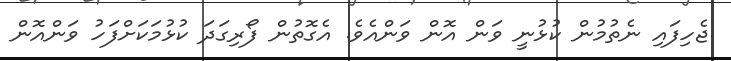
ޖެހިފައި ނެތުމުން ކުޅުނީ ވަން އޮން ވަންއެވެ. އެގޮތުން ފޯރިގަދަ ކުޅުމަކަށްފަހު ވަންއޮން